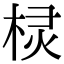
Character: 棂